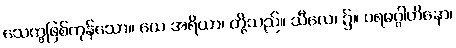
သေက္ခဖြစ်ကုန်သော။ ယေ အရိယာ၊ တို့သည်။ သီလေ၊ ၌။ ပရမဂ္ဂါဟိနော၊